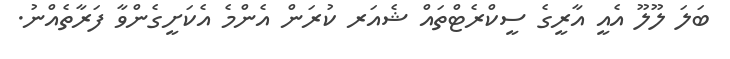
ބަލަ ލޫލޫ އެއީ އާރީގެ ސީކްރެޓްތައް ޝެއަރ ކުރަން އެންމެ އެކަށީގެންވާ ފަރާތެއްނު.